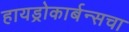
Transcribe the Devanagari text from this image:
हायड्रोकार्बन्सचा